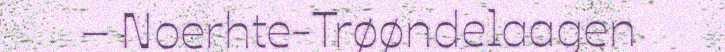
– Noerhte-Trøøndelaagen